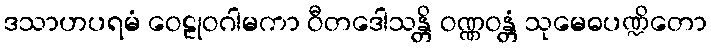
ဒသာဟပရမံ ဝေဠုဝဂါမကာ ဝီတဒေါသန္တိ ဝဏ္ဏဝန္တံ သုမေဓပဏ္ဍိတော